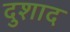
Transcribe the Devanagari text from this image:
दुशाद